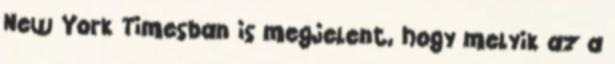
New York Timesban is megjelent, hogy melyik az a